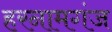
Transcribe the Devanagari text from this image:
हरनामगंज